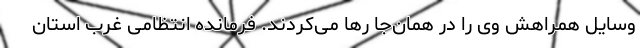
وسایل همراهش وی را در همان‌جا رها می‌کردند. فرمانده انتظامی غرب استان